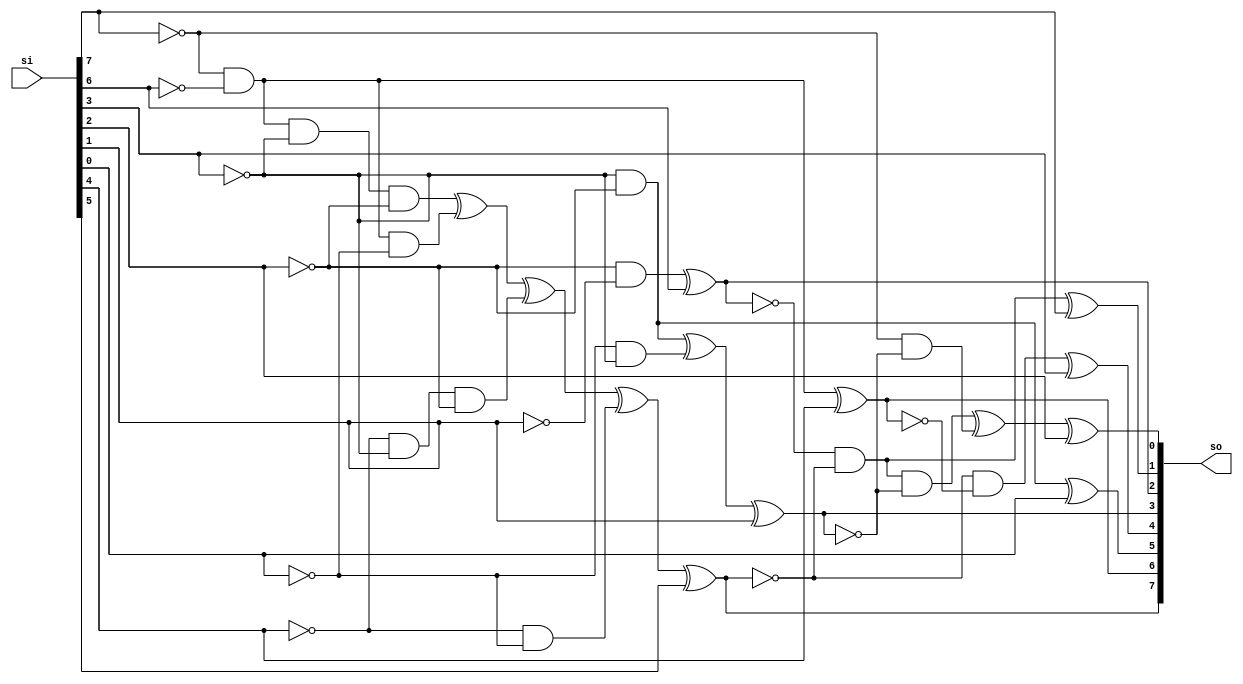
/*
 Designer: Mustafa Khairallah
 Nanyang Technological University
 Singapore
 Date: July, 2021
 */

/*
 A shorter logic depth variant of Skinny Sbox8.
 */
module skinny_sbox8_hs (
                        // Outputs
                        so,
                        // Inputs
                        si
                        ) ;
   output [7:0] so;
   input [7:0]  si;

   wire [7:0]   a;

   assign a[0] = ((~si[7]) & (~si[6])) ^ si[4];
   assign a[1] = ((~si[3]) & (~si[2])) ^ si[0];
   assign a[2] = ((~si[2]) & (~si[1])) ^ si[6];
   assign a[3] = ((~si[7]) & (~si[6]) & (~si[3]) & (~si[2])) ^
                 ((~si[7]) & (~si[6]) & (~si[0])) ^
                 ((~si[4]) & (~si[3]) & (~si[2])) ^
                 ((~si[4]) & (~si[0])) ^
                 si[5];
   assign a[4] = ((~si[3]) & (~si[2])) ^
                 ((~si[0]) & (~si[3])) ^
                 si[1];
   assign a[5] = ((~a[2]) & (~a[3])) ^ si[7];
   assign a[6] = ((~a[3]) & (~a[0])) ^ si[3];
   assign a[7] = ((~a[2]) & (~a[3]) & (~a[4])) ^
                 ((~si[7]) & (~a[4])) ^
                 si[2];

   assign so[6] = a[0];
   assign so[5] = a[1];
   assign so[2] = a[2];
   assign so[7] = a[3];
   assign so[3] = a[4];
   assign so[1] = a[5];
   assign so[4] = a[6];
   assign so[0] = a[7];
   
endmodule // skinny_sbox8_hs